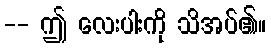
-- ဤ လေးပါးကို သိအပ်၏။